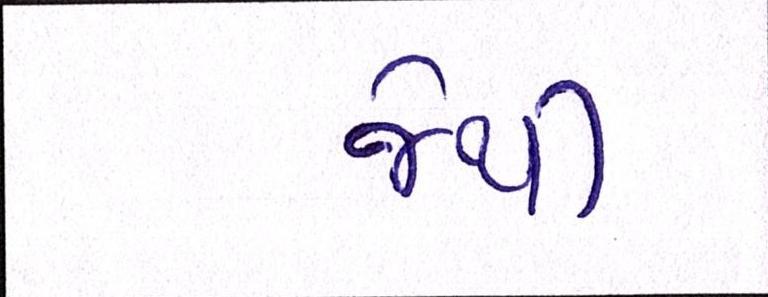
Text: જેથી